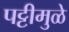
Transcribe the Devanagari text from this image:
पट्टीमुळे